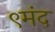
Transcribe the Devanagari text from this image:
९मंद